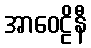
အာဝေဠိနီ